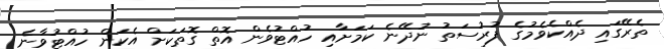
ތެރޭގައި ދެއްކެވެމުގެ ފުރުސަތު ނުދޭނެ ކަމަށާއި ހުއްޓުވެން އޮތް ގޮތަކަށް އެކަން ހުއްޓުވާނެ